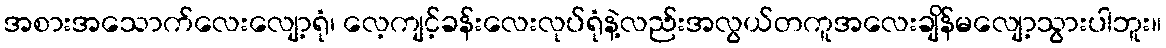
အစားအသောက်လေးလျော့ရုံ၊ လေ့ကျင့်ခန်းလေးလုပ်ရုံနဲ့လည်းအလွယ်တကူအလေးချိန်မလျော့သွားပါဘူး။